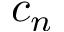
c _ { n }